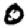
Digit: 0